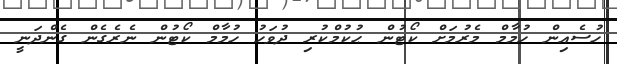
ހުސެއިން ހުމާމް މެރުމަށް ކޯޓުން ޙުކުމްކުރި ދުވަހު ހުމާމް ކޯޓުން ނެރެގެން ގެންދަނީ